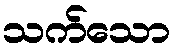
သက်သော